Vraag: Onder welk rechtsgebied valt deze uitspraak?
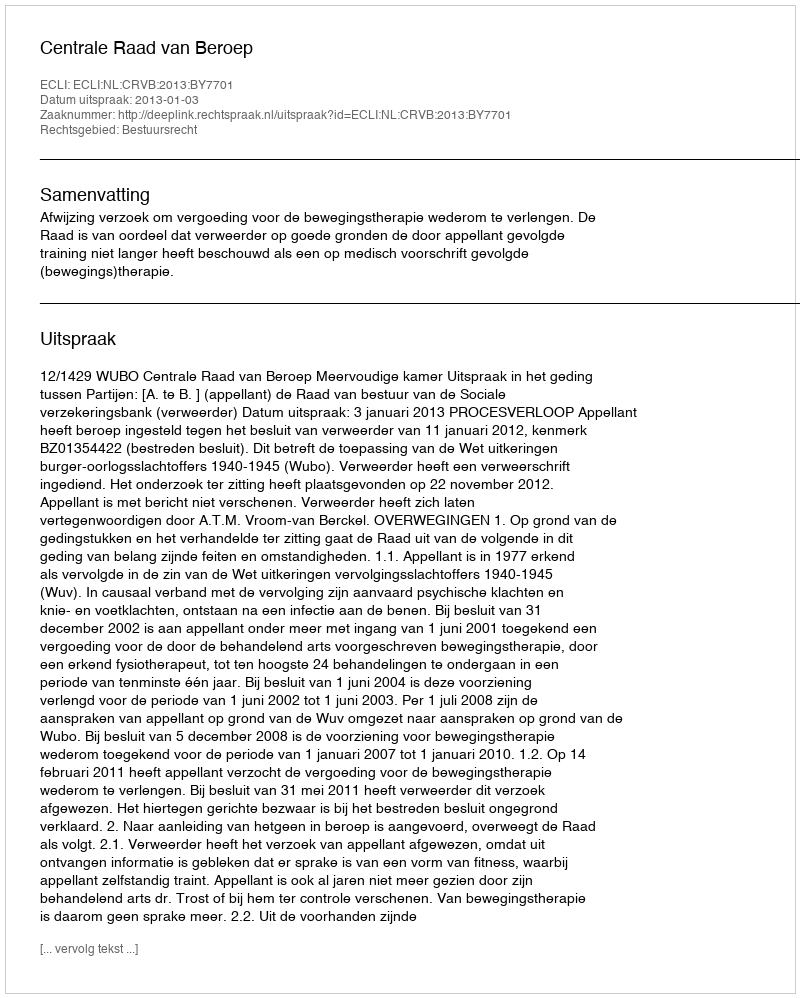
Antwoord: Bestuursrecht